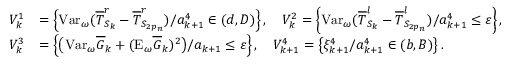
\begin{array} { r l } { V _ { k } ^ { 1 } } & { = \left\{ \mathrm { V a r } _ { \omega } ( \overline { T } _ { S _ { k } } ^ { r } - \overline { T } _ { S _ { 2 p _ { n } } } ^ { r } ) / { a _ { k + 1 } ^ { 4 } } \in ( d , D ) \right\} , \quad V _ { k } ^ { 2 } = \left\{ \mathrm { V a r } _ { \omega } ( \overline { T } _ { S _ { k } } ^ { l } - \overline { T } _ { S _ { 2 p _ { n } } } ^ { l } ) / a _ { k + 1 } ^ { 4 } \le \varepsilon \right\} , } \\ { V _ { k } ^ { 3 } } & { = \left\{ \big ( \mathrm { V a r } _ { \omega } \overline { G } _ { k } + ( \mathrm { E } _ { \omega } \overline { G } _ { k } ) ^ { 2 } \big ) / a _ { k + 1 } \le \varepsilon \right\} , \quad V _ { k + 1 } ^ { 4 } = \left\{ \xi _ { k + 1 } ^ { 4 } / a _ { k + 1 } ^ { 4 } \in ( b , B ) \right\} . } \end{array}